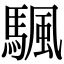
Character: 颿